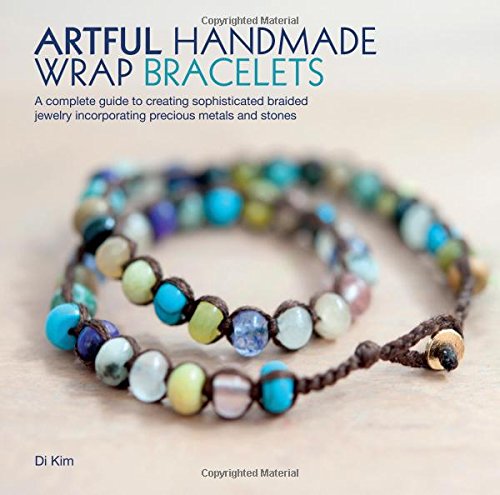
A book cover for Artful Handmade Wrap Bracelets: A Complete Guide to Creating Sophisticated Braided Jewelry Incorporating Precious Metals and Stones; Di Kim; Crafts, Hobbies & Home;